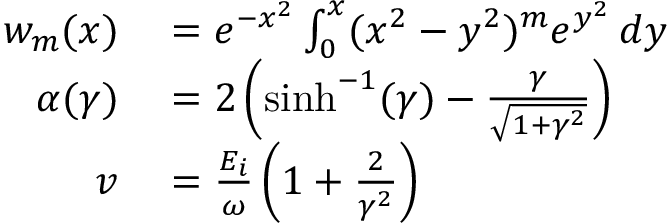
\begin{array} { r l } { w _ { m } ( x ) } & { { } = e ^ { - x ^ { 2 } } \int _ { 0 } ^ { x } ( x ^ { 2 } - y ^ { 2 } ) ^ { m } e ^ { y ^ { 2 } } \, d y } \\ { \alpha ( \gamma ) } & { { } = 2 \left( \sinh ^ { - 1 } ( \gamma ) - { \frac { \gamma } { \sqrt { 1 + \gamma ^ { 2 } } } } \right) } \\ { v } & { { } = { \frac { E _ { i } } { \omega } } \left( 1 + { \frac { 2 } { \gamma ^ { 2 } } } \right) } \end{array}